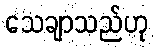
သေချာသည်ဟု